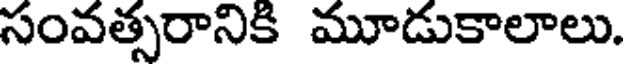
సంవత్సరానికి మూడుకాలాలు.